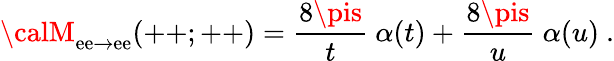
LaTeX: {\calM}_{\mathrm{e}\mathrm{e}\rightarrow\mathrm{e}\mathrm{e}}(++;++)={\frac{{8\pis}}{{t}}}\ \alpha(t)+{\frac{{8\pis}}{{u}}}\ \alpha(u)\ .